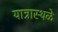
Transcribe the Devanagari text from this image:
यात्रास्थळे